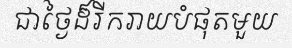
ជាថ្ងៃដ៏រីករាយបំផុតមួយ